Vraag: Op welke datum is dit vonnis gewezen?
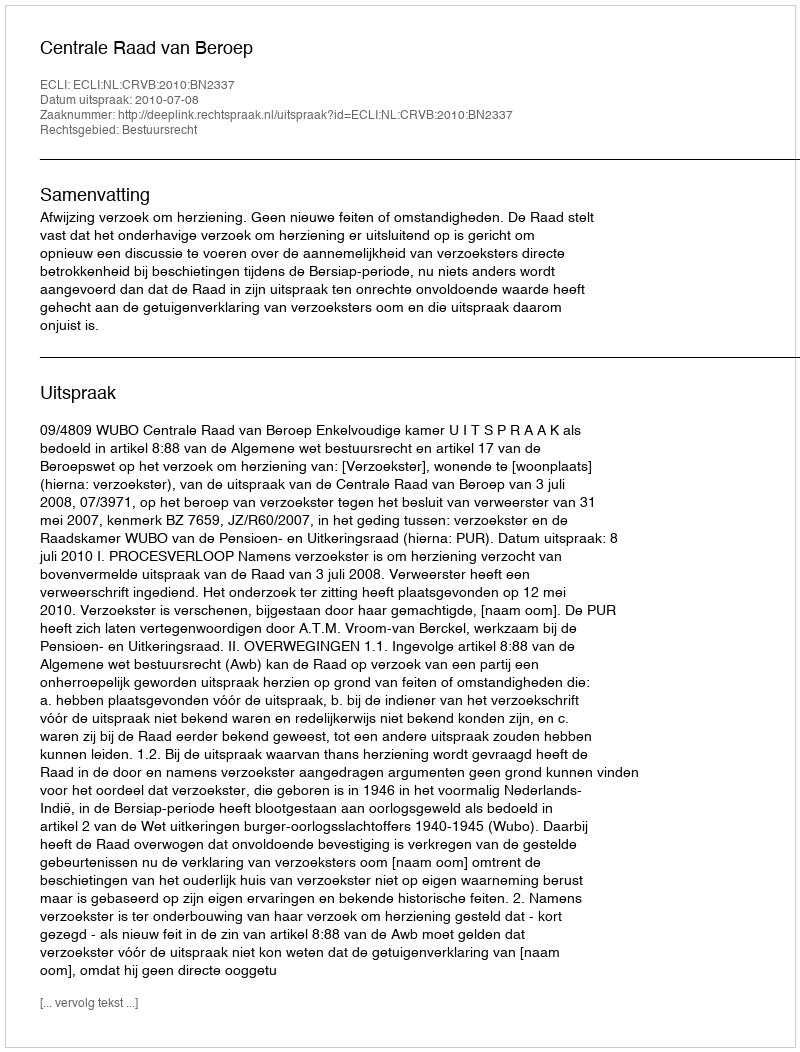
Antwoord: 2010-07-08